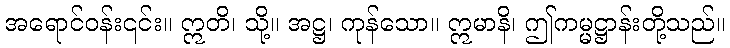
အရောင်ဝန်း၎င်း။ ဣတိ၊ သို့။ အဋ္ဌ၊ ကုန်သော။ ဣမာနိ၊ ဤကမ္မဋ္ဌာန်းတို့သည်။